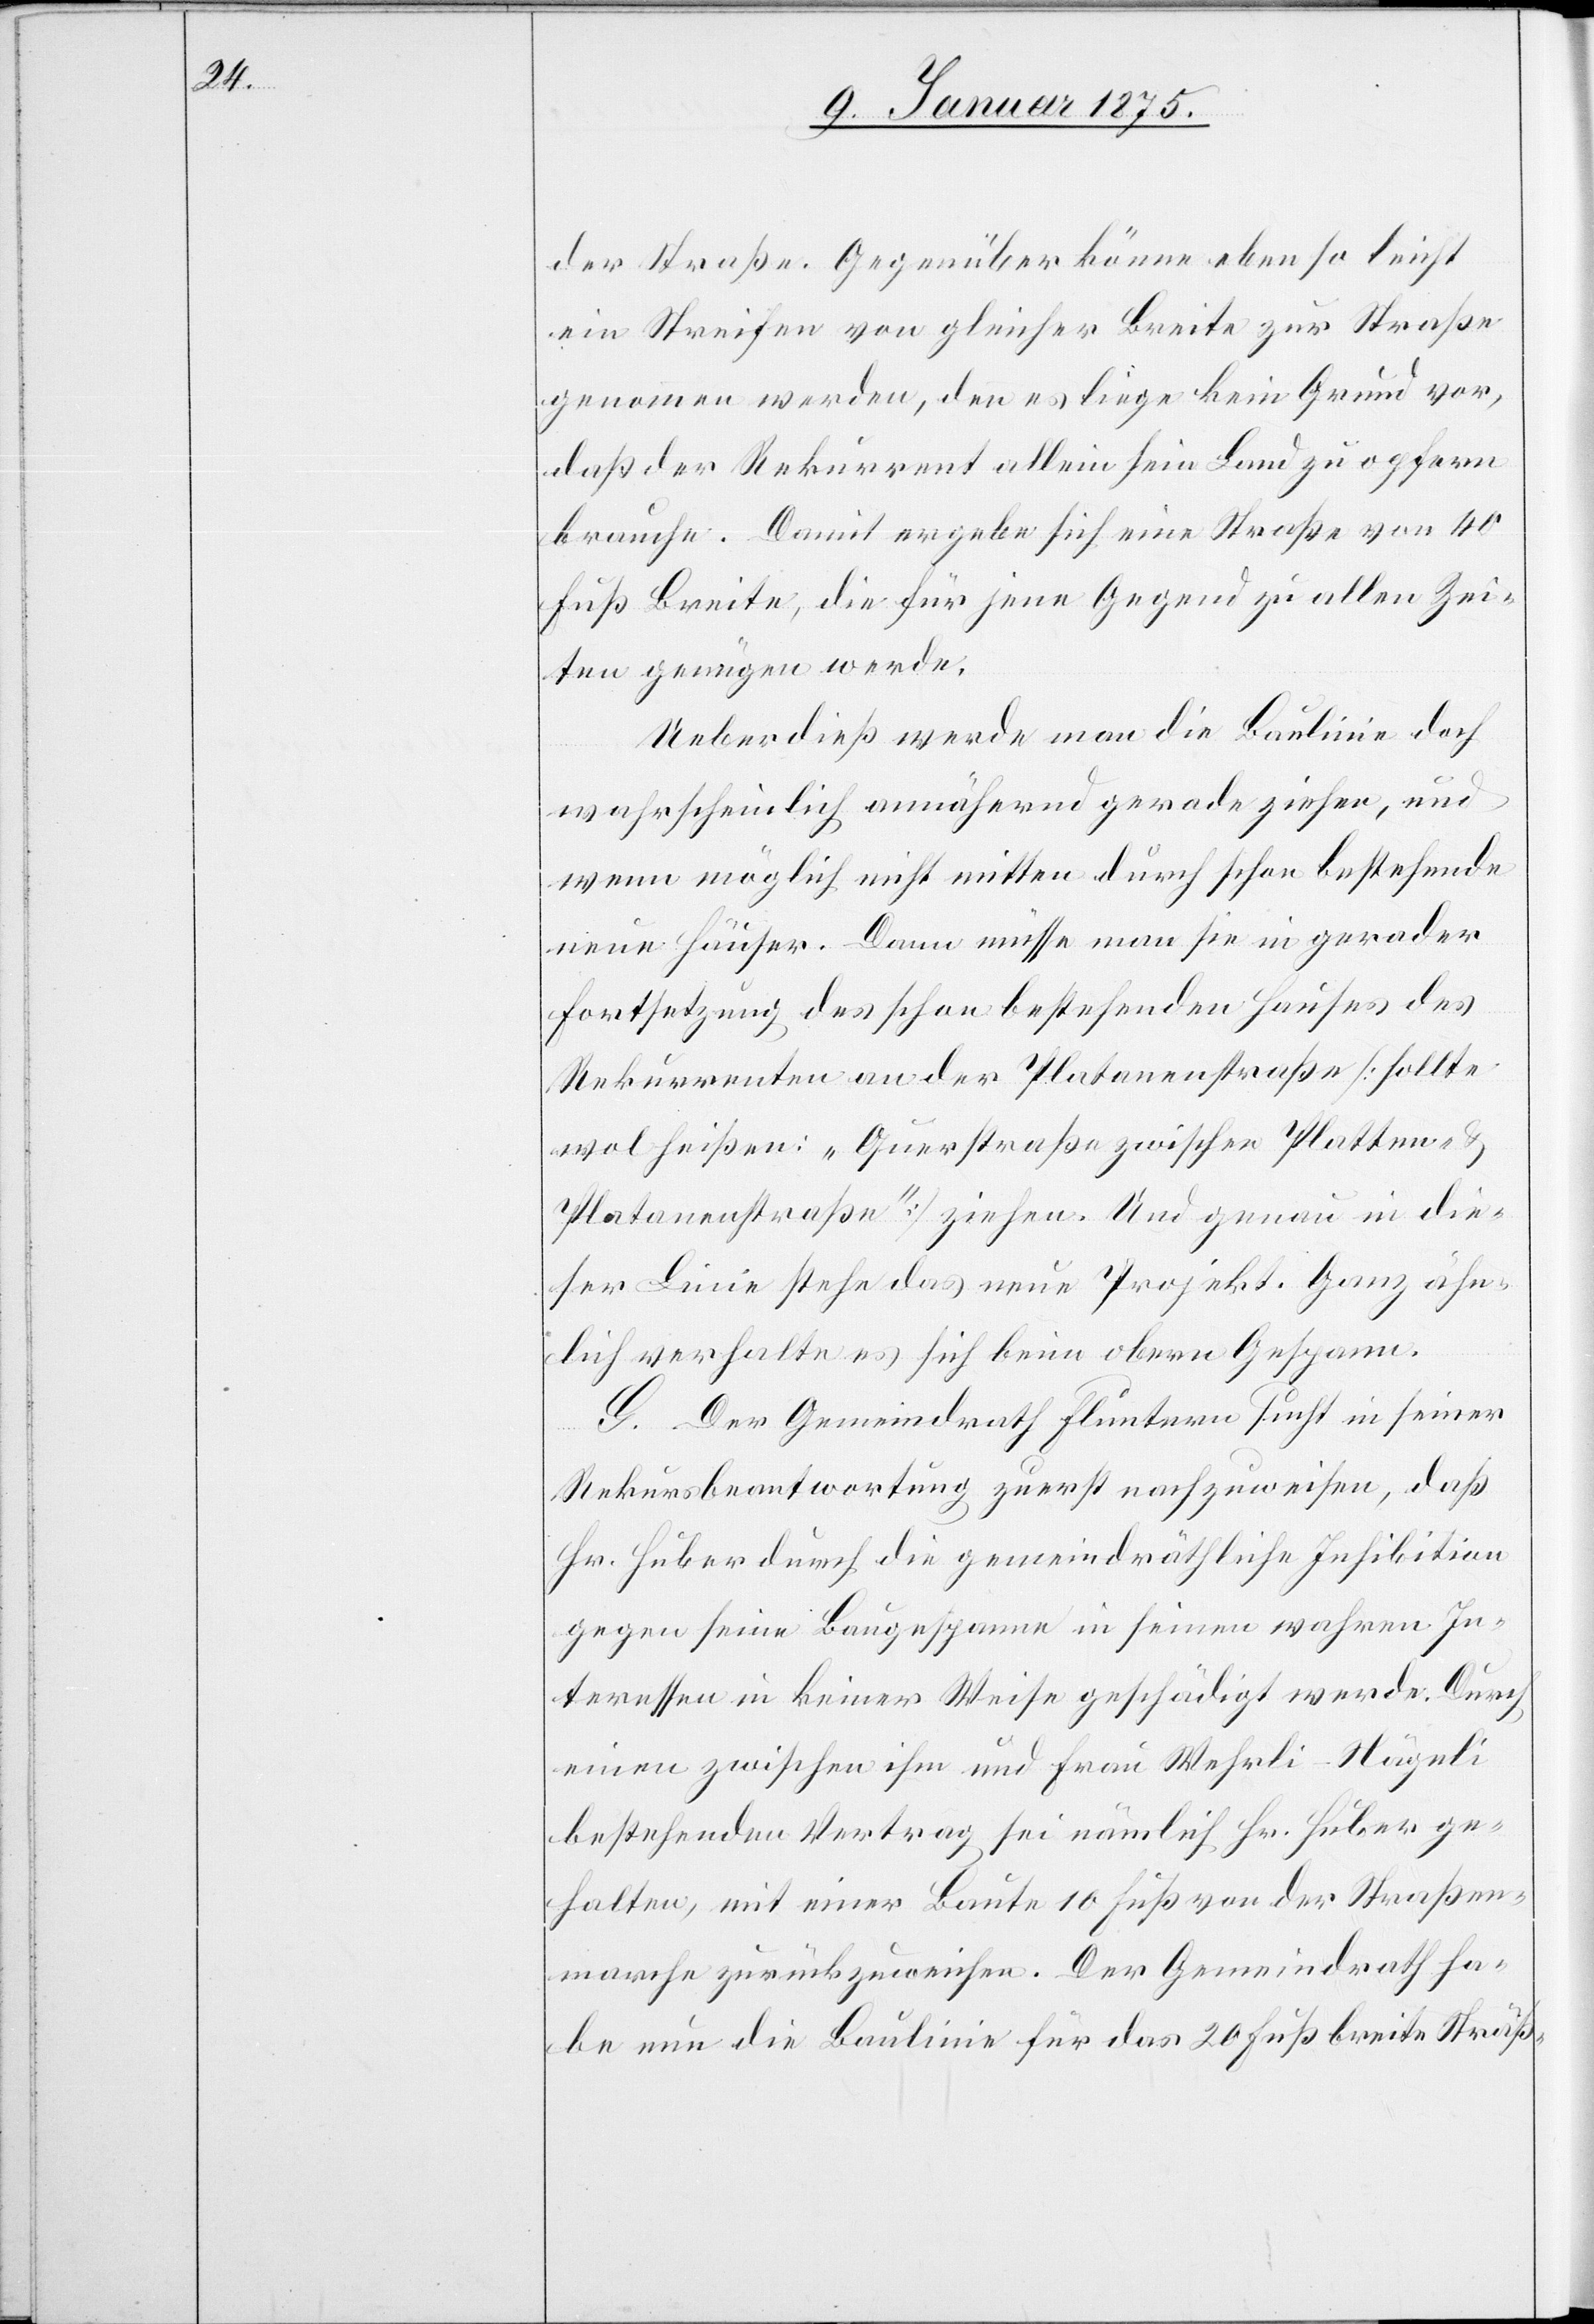
der Straße. Gegenüber könne eben so leicht
ein Streifen von gleicher Breite zur Straße
genommen werden, denn es liege kein Grund vor,
daß der Rekurrent allein sein Land zu opfern
brauche. Damit ergebe sich eine Straße von 40
Fuß Breite, die für jene Gegend zu allen Zei¬
ten genügen werde.
Ueberdieß werde man die Baulinie doch
wahrscheinlich annähernd gerade ziehen, und
wenn möglich nicht mitten durch schon bestehende
neue Häuser. Dann müsse man sie in gerader
Fortsetzung des schon bestehenden Hauses des
Rekurrenten an der Platanenstraße (sollte
wol heißen: „Querstraße zwischen Platten-
Platanenstraße“) ziehen. Und genau in die¬
ser Linie stehe das neue Projekt. Ganz ähn¬
lich verhalte es sich beim obern Gespann.
G. Der Gemeindrath Fluntern sucht in seiner
Rekursbeantwortung zuerst nachzuweisen, daß
Hr. Huber durch die gemeindräthliche Inhibition
gegen seine Baugespanne in seinen wahren In¬
teressen in keiner Weise geschädigt werde. Durch
einen zwischen ihm und Frau Wehrli-Nägeli
bestehenden Vertrag sei nämlich Hr. Huber ge¬
halten, mit einer Baute 10 Fuß von der Straßen¬
marche zurückzuweichen. Der Gemeindrath ha¬
be nun die Baulinie für das 20 Fuß breite Sträß-